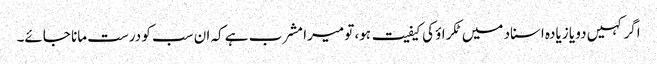
اگر کہیں دو یا زیادہ اسناد میں ٹکراؤ کی کیفیت ہو، تو میرا مشرب ہے کہ ان سب کو درست مانا جائے۔